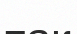
так